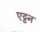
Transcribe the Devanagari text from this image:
एट्टन